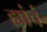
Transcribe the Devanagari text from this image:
ह्यांचं